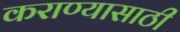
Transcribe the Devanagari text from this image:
कराण्यासाठी